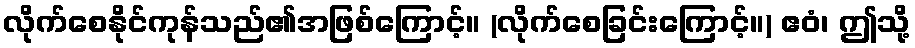
လိုက်စေနိုင်ကုန်သည်၏အဖြစ်ကြောင့်။ (လိုက်စေခြင်းကြောင့်။) ဧဝံ၊ ဤသို့